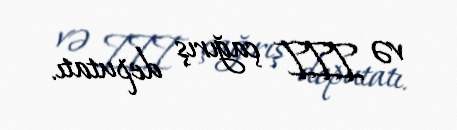
və III çağırış deputatı.